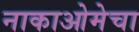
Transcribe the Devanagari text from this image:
नाकाओमेचा